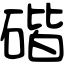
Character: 䃈